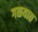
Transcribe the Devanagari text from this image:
गळयात